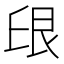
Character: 𱽈